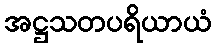
အဋ္ဌသတပရိယာယံ